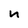
Character: n